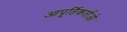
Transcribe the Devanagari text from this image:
आपूर्तिकर्ताओ